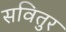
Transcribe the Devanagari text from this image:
सवितुर